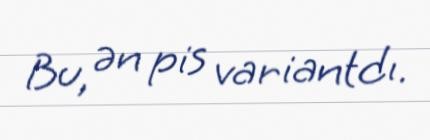
Bu, ən pis variantdı.